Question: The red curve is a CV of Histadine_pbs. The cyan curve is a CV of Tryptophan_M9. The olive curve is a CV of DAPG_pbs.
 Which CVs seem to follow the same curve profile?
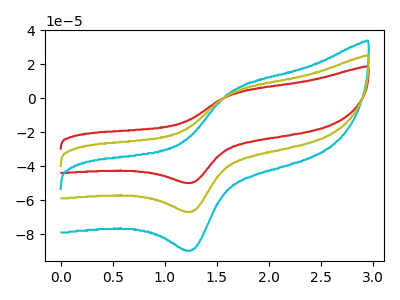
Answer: <think>The red curve "Histadine_pbs" has an anodic peak at (1.65V, 2.60uA) and a cathodic peak at (1.25V, -49.65uA). The cyan curve "Tryptophan_M9" has an anodic peak at (1.65V, 7.00uA) and a cathodic peak at (1.25V, -133.15uA). The olive curve "DAPG_pbs" has an anodic peak at (1.65V, 3.50uA) and a cathodic peak at (1.25V, -66.60uA).
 All the peaks in "Histadine_pbs" have a peak in "Tryptophan_M9" at the same potential. Every peak in "Histadine_pbs" is lower than every peak in "Tryptophan_M9". All the peaks in "Histadine_pbs" have a peak in "DAPG_pbs" at the same potential. Every peak in "Histadine_pbs" is lower than every peak in "DAPG_pbs". All the peaks in "Tryptophan_M9" have a peak in "DAPG_pbs" at the same potential. Every peak in "Tryptophan_M9" is higher than every peak in "DAPG_pbs".</think>
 <answer>"Histadine_pbs", "Tryptophan_M9" and "DAPG_pbs" have the same shape and are likely CV's of the same chemical.</answer>
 <eval>"Histadine_pbs" "Tryptophan_M9" "DAPG_pbs"</eval>